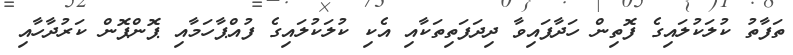
ތަފާތު ކުލަކުލައިގެ ފޮތިން ހަދާފައިވާ ދިދަފަތިތަކާއި އެކި ކުލަކުލައިގެ ފުއްޕާހަމާއި ޕޮންޕޮން ކަރުދާހާއި